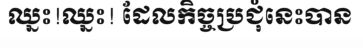
ឈ្នះ!ឈ្នះ! ដែលកិច្ចប្រជុំនេះបាន